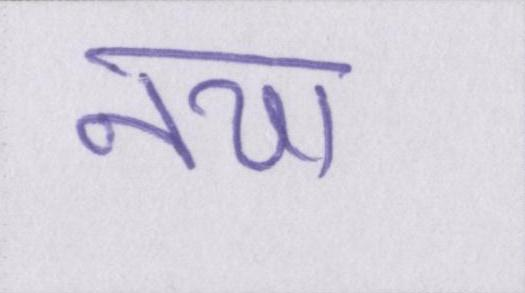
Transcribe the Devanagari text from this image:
नया